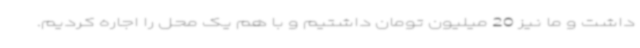
داشت و ما نیز 20 میلیون تومان داشتیم و با هم یک محل را اجاره کردیم.